Report on plague in the Punjab from October 1st ... to September 30th ..., being the ... season of plague in the province
Disease focus: Plague
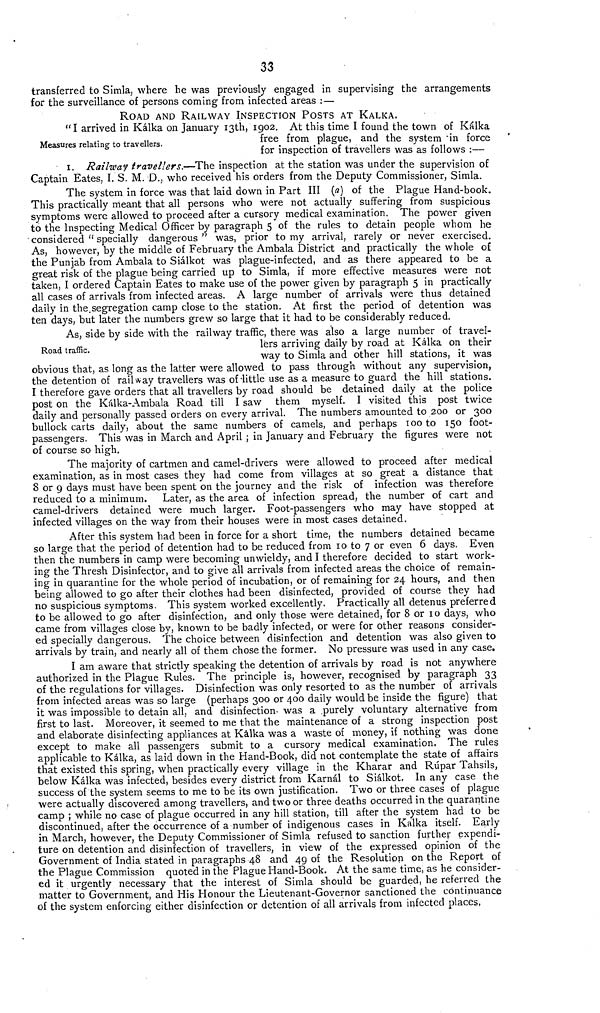
33
transferred to Simla, where be was previously engaged in supervising the arrangements
for the surveillance of persons coming from infected areas :—
ROAD AND RAILWAY INSPECTION POSTS AT KALKA.
Measures relating to travellers.
"I arrived in Kálka on January 13th, 1902. At this time I found the town of Kálka
free from plague, and the system in force
for inspection of travellers was as follows :—
1. Railway travellers.—The inspection at the station was under the supervision of
Captain Eates, I. S. M. D., who received his orders from the Deputy Commissioner, Simla.
The system in force was that laid down in Part III (a) of the Plague Hand-book.
This practically meant that all persons who were not actually suffering from suspicious
symptoms were allowed to proceed after a cursory medical examination. The power given
to the Inspecting Medical Officer by paragraph 5 of the rules to detain people whom he
considered " specially dangerous " was, prior to my arrival, rarely or never exercised.
As, however, by the middle of February the Ambala District and practically the whole of
the Punjab from Ambala to Siálkot was plague-infected, and as there appeared to be a
great risk of the plague being carried up to Simla, if more effective measures were not
taken, I ordered Captain Eates to make use of the power given by paragraph 5 in practically
all cases of arrivals from infected areas. A large number of arrivals were thus detained
daily in the segregation camp close to the station. At first the period of detention was
ten days, but later the numbers grew so large that it had to be considerably reduced.
Road traffic.
As, side by side with the railway traffic, there was also a large number of travel-
lers arriving daily by road at Kálka on their
way to Simla and other hill stations, it was
obvious that, as long as the latter were allowed to pass through without any supervision,
the detention of railway travellers was of little use as a measure to guard the hill stations.
I therefore gave orders that all travellers by road should be detained daily at the police
post on the Kálka-Ambala Road till I saw them myself. I visited this post twice
daily and personally passed orders on every arrival. The numbers amounted to 200 or 300
bullock carts daily, about the same numbers of camels, and perhaps 100 to 150 foot-
passengers. This was in March and April ; in January and February the figures were not
of course so high.
The majority of cartmen and camel-drivers were allowed to proceed after medical
examination, as in most cases they had come from villages at so great a distance that
8 or 9 days must have been spent on the journey and the risk of infection was therefore
reduced to a minimum. Later, as the area of infection spread, the number of cart and
camel-drivers detained were much larger. Foot-passengers who may have stopped at
infected villages on the way from their houses were in most cases detained.
After this system had been in force for a short time, the numbers detained became
so large that the period of detention had to be reduced from 10 to 7 or even 6 days. Even
then the numbers in camp were becoming unwieldy, and I therefore decided to start work-
ing the Thresh Disinfector, and to give all arrivals from infected areas the choice of remain-
ing in quarantine for the whole period of incubation, or of remaining for 24 hours, and then
being allowed to go after their clothes had been disinfected, provided of course they had
no suspicious symptoms. This system worked excellently. Practically all detenus preferred
to be allowed to go after disinfection, and only those were detained, for 8 or 10 days, who
came from villages close by, known to be badly infected, or were for other reasons consider-
ed specially dangerous. The choice between disinfection and detention was also given to
arrivals by train, and nearly all of them chose the former. No pressure was used in any case.
I am aware that strictly speaking the detention of arrivals by road is not anywhere
authorized in the Plague Rules. The principle is, however, recognised by paragraph 33
of the regulations for villages. Disinfection was only resorted to as the number of arrivals
from infected areas was so large (perhaps 300 or 400 daily would be inside the figure) that
it was impossible to detain all, and disinfection- was a purely voluntary alternative from
first to last. Moreover, it seemed to me that the maintenance of a strong inspection post
and elaborate disinfecting appliances at Kálka was a waste of money, if nothing was done
except to make all passengers submit to a cursory medical examination. The rules
applicable to Kálka, as laid down in the Hand-Book, did not contemplate the state of affairs
that existed this spring, when practically every village in the Kharar and Rúpar Tahsils,
below Kálka was infected, besides every district from Karnál to Siálkot, In any case the
success of the system seems to me to be its own justification. Two or three cases of plague
were actually discovered among travellers, and two or three deaths occurred in the quarantine
camp ; while no case of plague occurred in any hill station, till after the system had to be
discontinued, after the occurrence of a number of indigenous cases in Kalka itself. Early
in March, however, the Deputy Commissioner of Simla refused to sanction further expendi-
ture on detention and disinfection of travellers, in view of the expressed opinion of the
Government of India stated in paragraphs 48 and 49 of the Resolution on the Report of
the Plague Commission quoted in the Plague Hand-Book. At the same time, as he consider-
ed it urgently necessary that the interest of Simla should be guarded, he referred the
matter to Government, and His Honour the Lieutenant-Governor sanctioned the continuance
of the system enforcing either disinfection or detention of all arrivals from infected places,